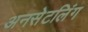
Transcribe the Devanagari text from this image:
अनसेटलिंग